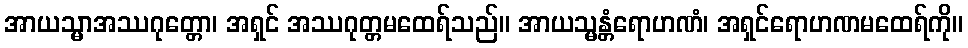
အာယသ္မာအဿဂုတ္တော၊ အရှင် အဿဂုတ္တမထေရ်သည်။ အာယသ္မန္တံရောဟဏံ၊ အရှင်ရောဟဏမထေရ်ကို။